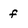
Character: f